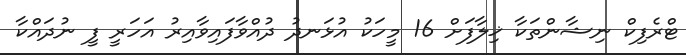
ޓްރެފިކް ނިޝާންތަކާ ޚިލާފަށް 16 މީހަކު އުޅަނދު ދުއްވާފައިވާއިރު އަހަރީ ފީ ނުދައްކާ